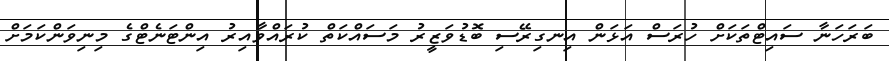
ބަރަހަނާ ސައިޓްތަކަށް ހުރަސް އަޅަން އިނގިރޭސި ބޮޑުވަޒީރު މަސައްކަތް ކުރައްވާއިރު އިންޓަނެޓްގެ މިނިވަންކަމަށް